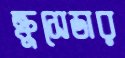
ক্রুসেডার